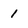
Character: 1